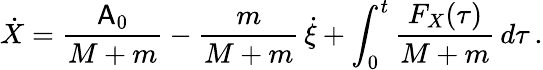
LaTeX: \dot{X}=\frac{\mathsf{A}_{0}}{M+m}-\frac{m}{M+m}\, \dot{\xi}+\int_{0}^{t}\frac{F_{X}(\tau)}{M+m}\, d\tau\, .